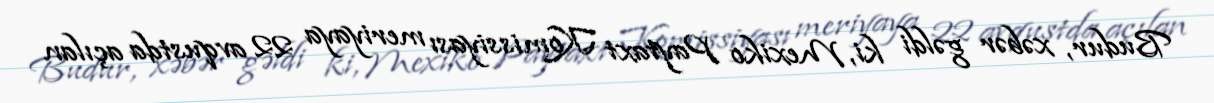
Budur, xəbər gəldi ki, Mexiko Paytaxt Komissiyası meriyaya 22 avqustda açılan